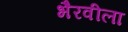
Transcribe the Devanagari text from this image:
भैरवीला